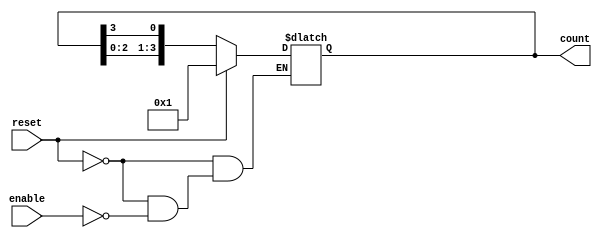
module async_ring_counter (
    input wire reset,    // Asynchronous reset
    input wire enable,   // Enable signal to trigger state change
    output reg [3:0] count // 4-bit output representing the counter state
);

// Initial state
initial begin
    count = 4'b0001; // Start with the first flip-flop set
end

// Asynchronous logic for the ring counter
always @* begin
    if (reset) begin
        count = 4'b0001; // Reset to initial state
    end else if (enable) begin
        // Shift the '1' bit to the next flip-flop
        count = {count[2:0], count[3]}; // Rotate left
    end
end

endmodule